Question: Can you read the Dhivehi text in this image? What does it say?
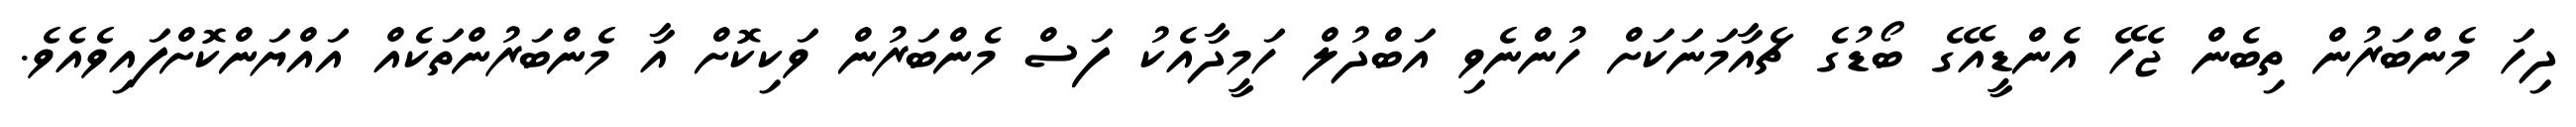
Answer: ދިހަ މެންބަރުން ތިބެން ޖެހޭ އެންޑީއޭގެ ބޯޑުގެ ޗެއާމަނަކަށް ހުންނެވި އަބްދުލް ހަމީދާއެކު ފަސް މެންބަރުން ވަކިކޮށް އާ މެންބަރުންތަކެއް އައްޔަންކޮށްފައިވެއެވެ.